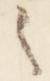
之